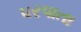
પરપાતા